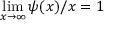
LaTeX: \operatorname* { l i m } _ { x \to \infty } \psi ( x ) / x = 1